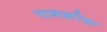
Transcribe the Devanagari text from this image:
पाशक्रीडा